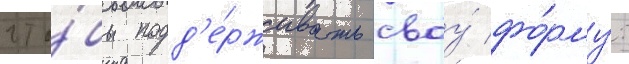
что́бы подд'е́рживать своу́ фо́рму: